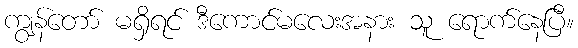
ကျွန်တော် မရှိရင် ဒီကောင်မလေးအနား သူ ရောက်နေပြီ။